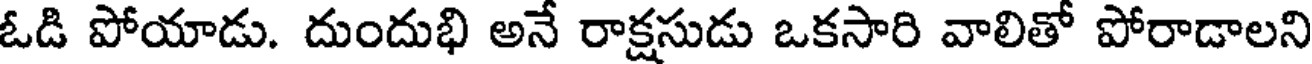
ఓడి పోయాడు. దుందుభి అనే రాక్షసుడు ఒకసారి వాలితో పోరాడాలని